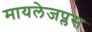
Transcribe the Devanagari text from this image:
मायलेजप्लस